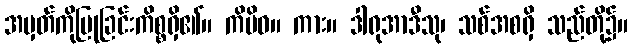
အမှတ်ကိုပြုခြင်းကိစ္စရှိ၏။ ကိမိဝ။ ကား။ ဒါရုအာဒီသု၊ သစ်အစရှိ သည်တို့၌။